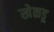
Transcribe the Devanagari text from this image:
खेळडू